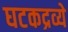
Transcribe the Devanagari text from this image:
घटकद्रव्ये